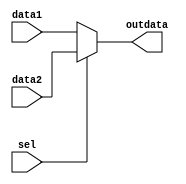
module mux2to1 (input sel, input [31:0] data1, data2, output [31:0] outdata);
    assign outdata = sel ? data2 : data1;
endmodule